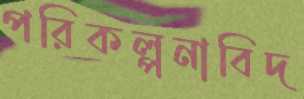
পরিকল্পনাবিদ